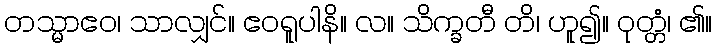
တသ္မာဧဝ၊ သာလျှင်။ ဧဝရူပါနိ။ လ။ သိက္ခတီ တိ၊ ဟူ၍။ ဝုတ္တံ၊ ၏။